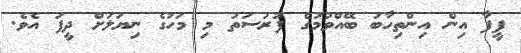
ފީފާ އިން އިންތިހާބު ބޭއްވުމުގެ ފުރުސަތު މި މަހުގެ ނިޔަލަށް ދީފަ އެވެ.